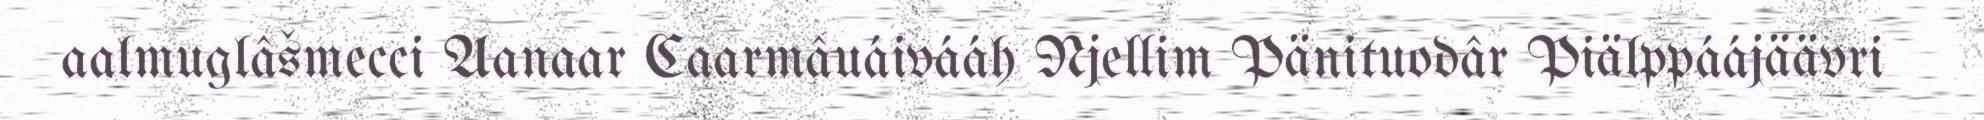
aalmuglâšmecci Aanaar Caarmâuáivááh Njellim Pänituodâr Piälppáájäävri